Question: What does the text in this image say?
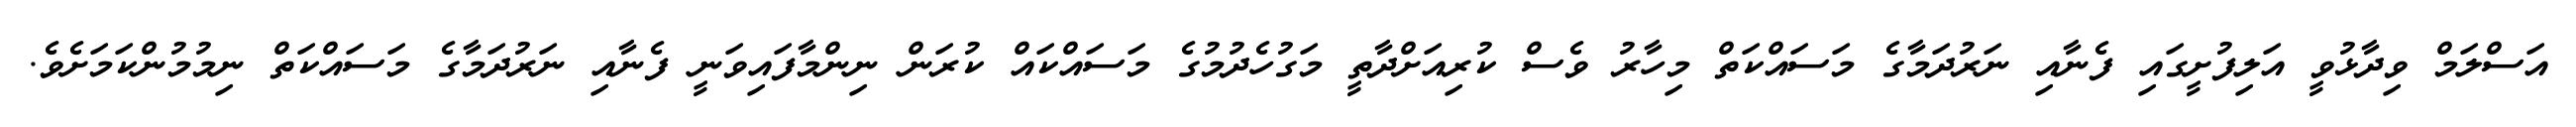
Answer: އަސްލަމް ވިދާޅުވީ އަލިފުށީގައި ފެނާއި ނަރުދަމާގެ މަސައްކަތް މިހާރު ވެސް ކުރިއަށްދާތީ މަގުހެދުމުގެ މަސައްކައް ކުރަން ނިންމާފައިވަނީ ފެނާއި ނަރުދަމާގެ މަސައްކަތް ނިމުމުންކަމަށެވެ.